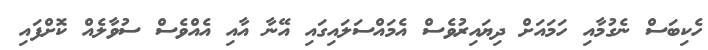
ހެކިބަސް ނެގުމާއި ހަމައަށް ދިޔައިރުވެސް އެމައްސަލައިގައި އޭނާ އާއި އެއްވެސް ސުވާލެއް ކޮށްފައި